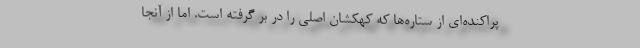
پراکنده‌ای از ستاره‌ها که کهکشان اصلی را در بر گرفته است. اما از آنجا